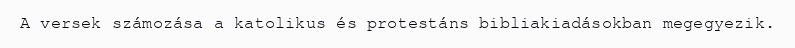
A versek számozása a katolikus és protestáns bibliakiadásokban megegyezik.